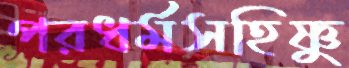
পরধর্মসহিষ্ণু